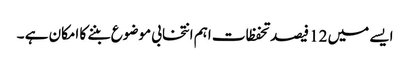
ایسے میں 12 فیصد تحفظات اہم انتخابی موضوع بننے کا امکان ہے ۔